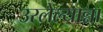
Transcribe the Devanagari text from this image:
उरलेल्यान्ना